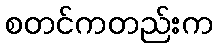
စတင်ကတည်းက